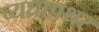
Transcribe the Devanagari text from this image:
व्यघ्रापथर